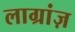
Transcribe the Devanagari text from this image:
लाग्रांज़